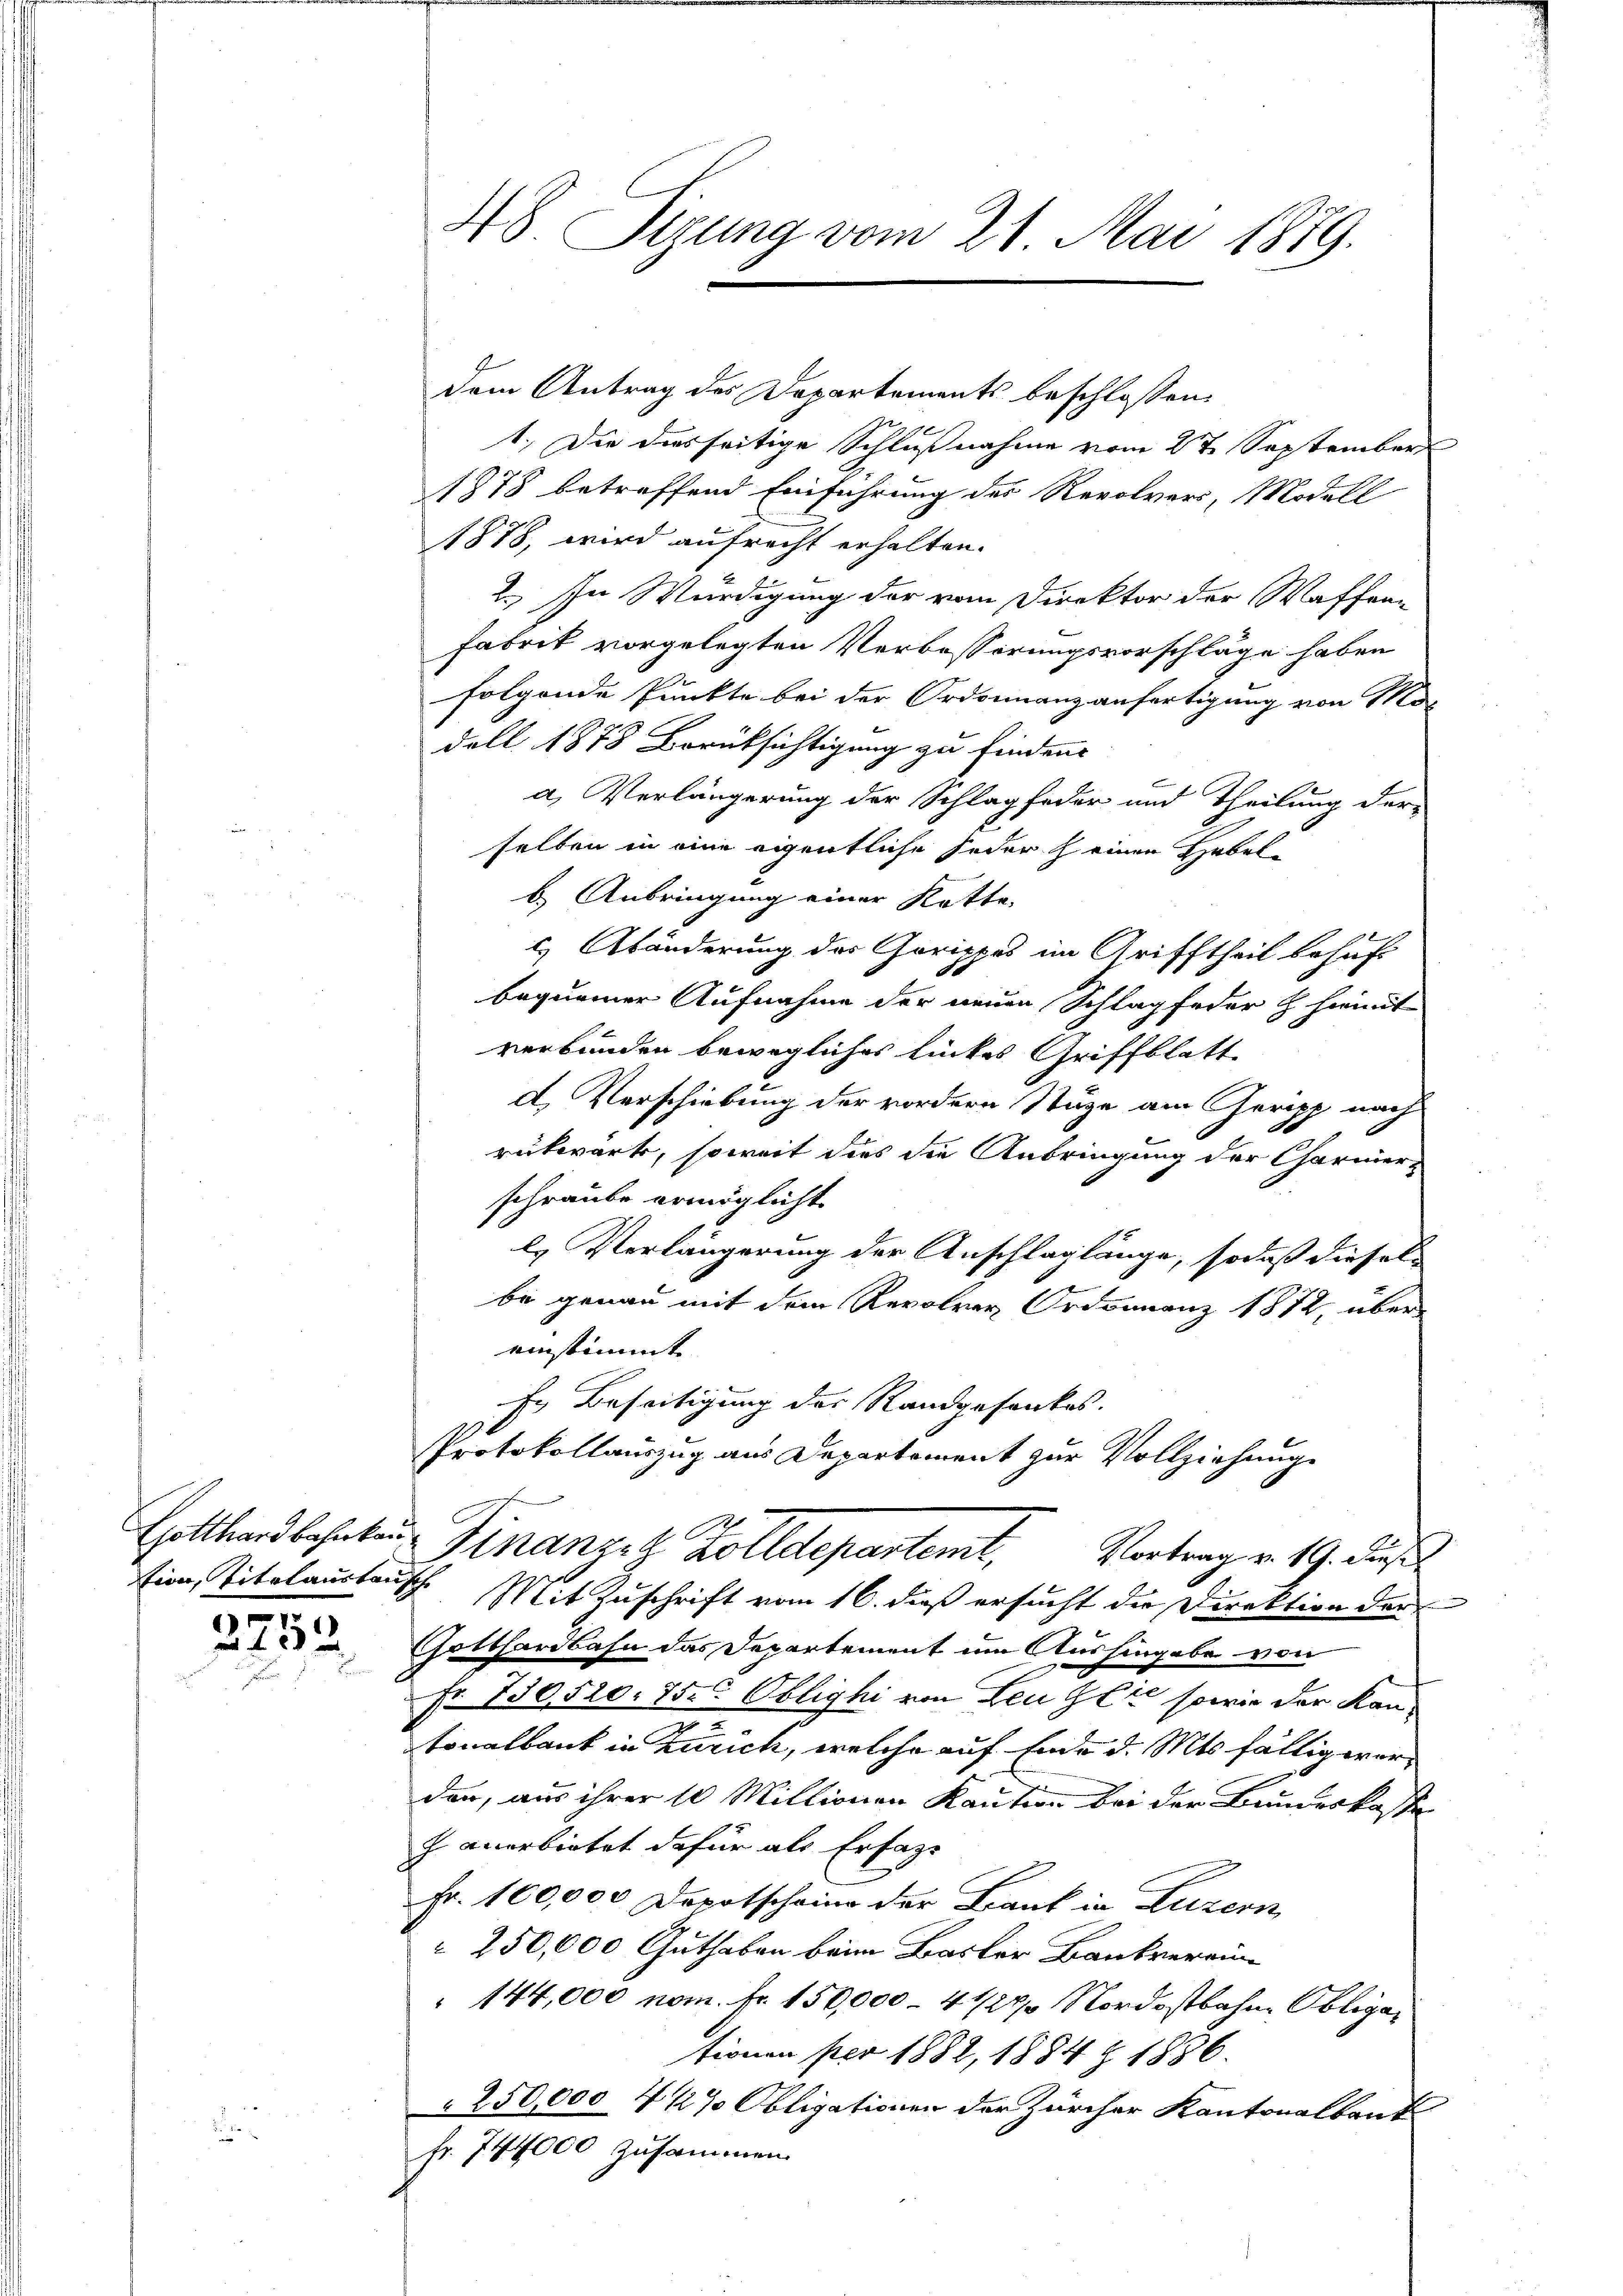
3752

48. Sigung vom 21. Mai 1879.

dem Antrag des Departements beschlossen:
1.) Die diesseitige Schlußnahme vom 2 t September
1878 betreffend Einführung des Revolver, Modell
1878, wird aufrecht erhalten.
2.) In Würdigung der vom Direktor der Waffran
Fabrik vorgelegten Verbesserungsvorschläge haben
folgende Punkte bei der Ordonnanzanfertigung von Mo-
dell 1878 Berüksichtigung zu finden.
a) Verlängerung der Schlagfeder und Theilung der-
selben in eine eigentliche jeder einen Hebel-
b. Anbringung einer Katte.
 Abänderung des Gorippes im Grifftheil behuf
bequemer Aufnahme der neuen Schlag feder H. hiemit
verbunden bewegliches linkes Griffblatt
d. Verschiebung der vordern Stäge am Geripp nach
rückwärts, soweit dies die Anbringung der Charmerk
schraube ermöglicht
l. Verlängerung der Anschlag länge, sodaß diesel
be genau mit dem Revolver Ordonnanz 1872, über
einstimmt
Es Beseitigung der Randgefankes.
Protokollauszug aus Departement zur Vollziehung
Gotthardbahnten Finanze Zolldepartemt,
Vortrag v. 19. dies
tion, Titelaustausch. Mit Zuschrift vom 16. dieß ersucht der Direktion der
Gotthardbahn das Departement um Aushingabe von
Fr. 730,520. 75. Oblighi von Leu Gli sowie der Kan¬
.
tonalbank in Zürich, welche auf Ende d. Mts fällig worden, aus ihrer 10 Millionen Kaution bei der Bundeskoste
 anerbietet dafür als Erfass
Fr. 100,000 Depotscheine der Bank in Luzern
 250,000 Guthaben beim Basler Bankverein¬
144,000 nom. Fr. 150,000 - 4122 Nordostbahne Obliga
tionen per 1882, 1884 § 1836.
250,000 4 1/2% Obligationen der Zürcher Kantonalbaut
fr. 744,000 zusammen